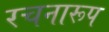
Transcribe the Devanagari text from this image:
रचनारूप